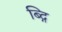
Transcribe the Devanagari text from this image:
ब्द्गि